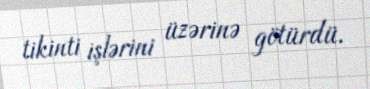
tikinti işlərini üzərinə götürdü.